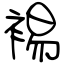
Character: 裼